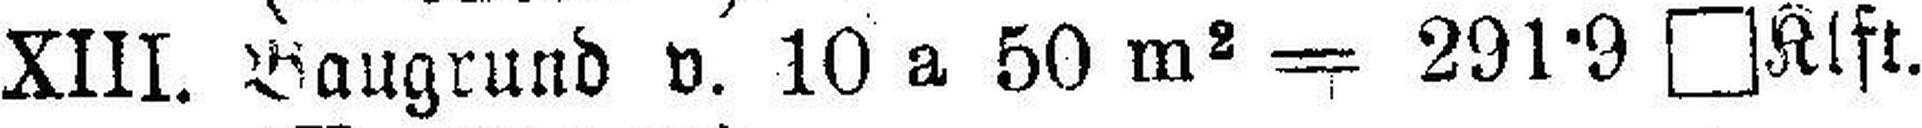
XIII. Baugrund v. 10 a 50 m2 = 291·9 □Klft.